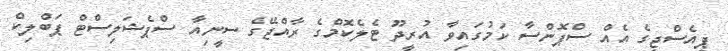
ޕީއެސްޖީގެ އެއް ސްޕޮންސާ ކަމުގައިވާ އުރީދޫ ޓެލެކޮމްގެ ރާއްޖޭގެ ސީނިއާ ސްޕެޝަލިސްޓް ޕަބްލިކް